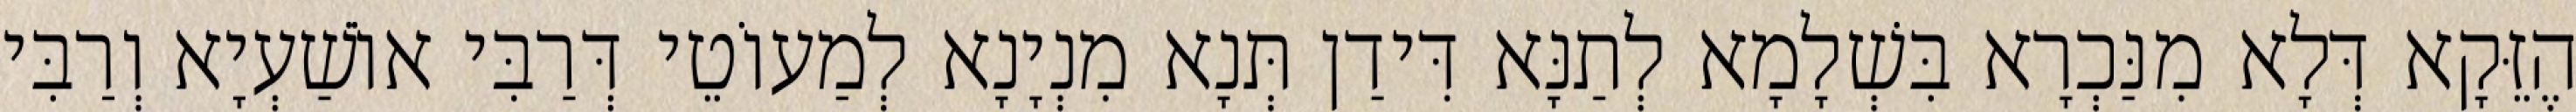
הֶזֵּקָא דְּלָא מִנַּכְרָא בִּשְׁלָמָא לְתַנָּא דִּידַן תְּנָא מִנְיָנָא לְמַעוֹטֵי דְּרַבִּי אוֹשַׁעְיָא וְרַבִּי